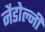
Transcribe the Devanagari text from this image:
नैडोल्नी